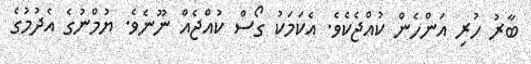
ބާރު ހުރި އަންހެން ކުއްޖެކެވެ. އެކަމަކު ގޯސް ކުއްޖެއް ނޫނެވެ. ޔުމްނުގެ އެދުމުގެ